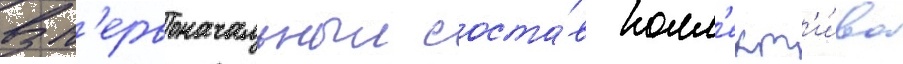
В п'ервоначальныи соста́в колл'ект'и́ва